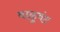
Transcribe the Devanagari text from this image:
वाळुवंट